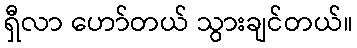
ရှီလာ ဟော်တယ် သွားချင်တယ်။